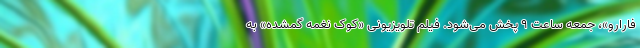
فارارو»، جمعه ساعت ۹ پخش می‌شود. فیلم تلویزیونی «کوک نغمه گمشده» به